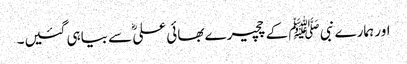
اور ہمارے نبی ﷺ کے چچیرے بھائی علیؓ سے بیاہی گئیں۔